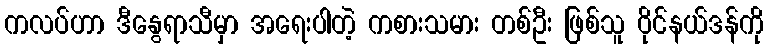
ကလပ်ဟာ ဒီနွေရာသီမှာ အရေးပါတဲ့ ကစားသမား တစ်ဦး ဖြစ်သူ ဝိုင်နယ်ဒန်ကို